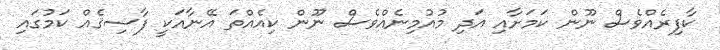
ކާފިރެއްވެސް ނޫން ކަމަށާއި އަދި މުއުމިނެއްވެސް ނޫން ކިއެއްތަ އޭނާއަކީ ފާސިޤެއް ކަމުގައި